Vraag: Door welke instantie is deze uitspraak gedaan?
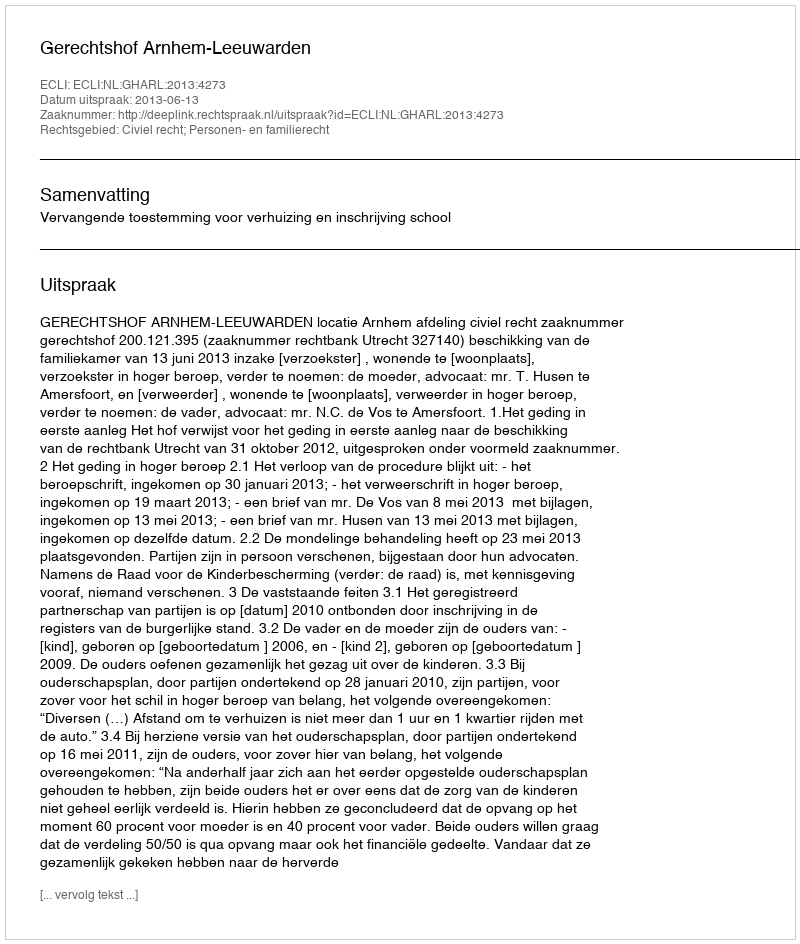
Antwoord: Gerechtshof Arnhem-Leeuwarden